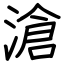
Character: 滄